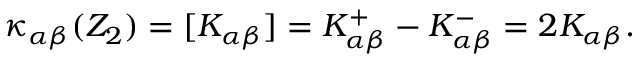
\kappa _ { \alpha \beta } ( Z _ { 2 } ) = [ K _ { \alpha \beta } ] = K _ { \alpha \beta } ^ { + } - K _ { \alpha \beta } ^ { - } = 2 K _ { \alpha \beta } .